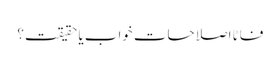
فاٹا اصلاحات خواب یا حقیقت؟